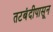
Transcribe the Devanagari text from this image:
तटबंदीपासून